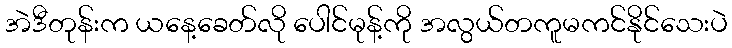
အဲဒီတုန်းက ယနေ့ခေတ်လို ပေါင်မုန့်ကို အလွယ်တကူမကင်နိုင်သေးပဲ